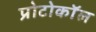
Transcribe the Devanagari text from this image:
प्रोटोकाॅल